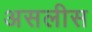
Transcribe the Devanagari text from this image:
असलीस